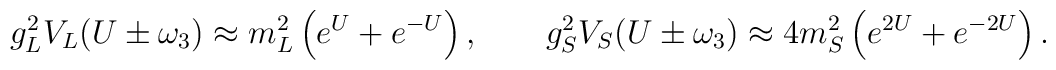
g^2_LV_L(U\pm\omega_3)\approx m^2_L\left(e^U+e^{-U}\right),\qquad   g^2_SV_S(U\pm\omega_3)\approx 4m^2_S\left(e^{2U}+e^{-2U}\right).